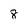
Character: 8